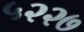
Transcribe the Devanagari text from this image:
५२२७